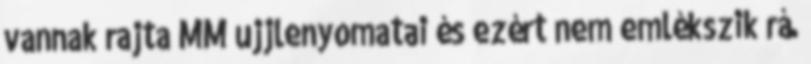
vannak rajta MM ujjlenyomatai és ezért nem emlékszik rá.